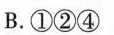
B.①②④